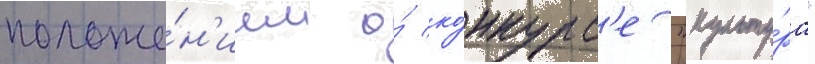
положе́н'ием о́ ко́нкурс'е "культу́ра"